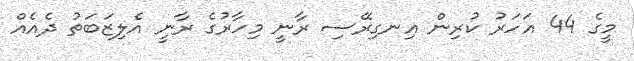
މީގެ 44 އަހަރު ކުރިން އިނގިރޭސި ރާނީ މިހާރުގެ ރާނީ އެލިޒަބަތު ދެއެއް